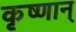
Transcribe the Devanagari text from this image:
कृष्णान्‌